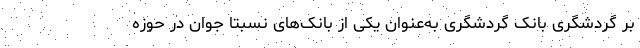
بر گردشگری بانک گردشگری به‌عنوان یکی از بانک‌های نسبتا جوان در حوزه